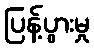
ပြန့်ပွားမှု